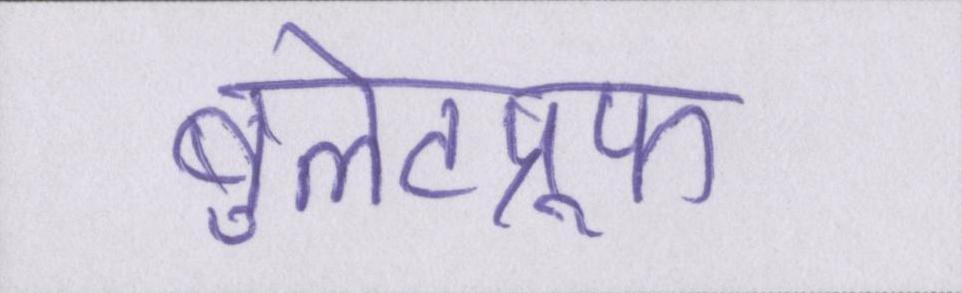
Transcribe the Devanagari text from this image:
बुलेटप्रूफ